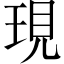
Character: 現